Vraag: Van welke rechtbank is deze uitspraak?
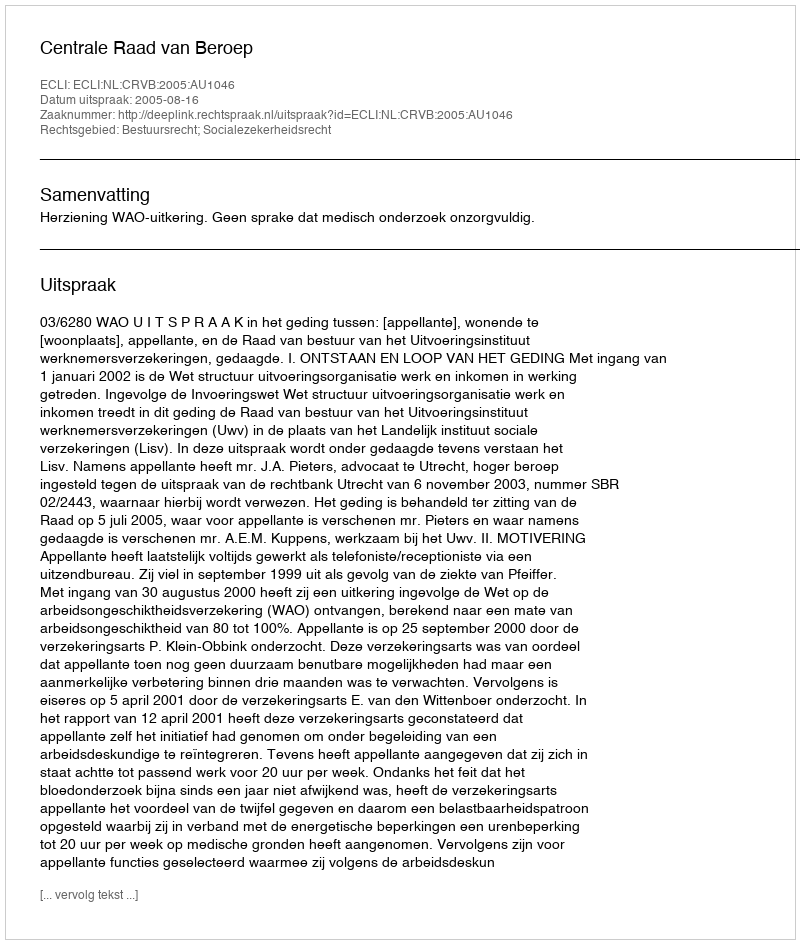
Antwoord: Centrale Raad van Beroep